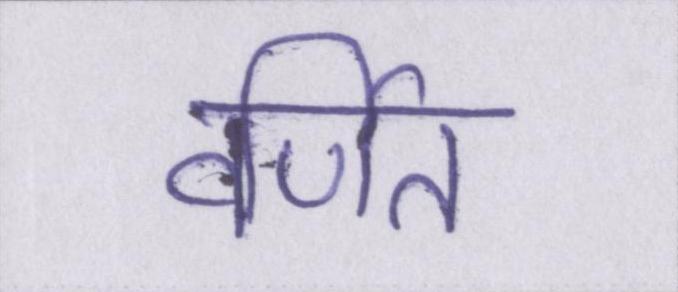
वर्णित